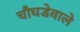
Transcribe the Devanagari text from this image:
चौघडेवाले